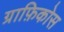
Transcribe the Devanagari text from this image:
ग्राफ़िकोस